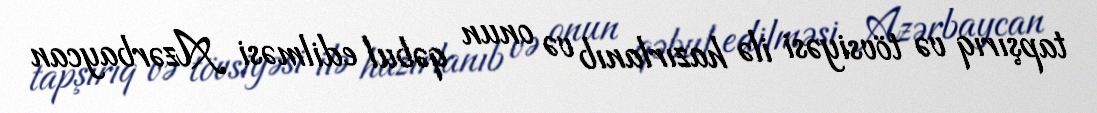
tapşırıq və tövsiyəsi ilə hazırlanıb və onun qəbul edilməsi Azərbaycan